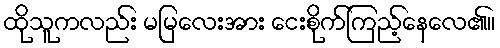
ထိုသူကလည်း မမြလေးအား ငေးစိုက်ကြည့်နေလေ၏။